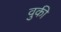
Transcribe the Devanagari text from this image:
वुकी